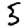
Digit: 5